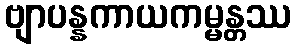
ဗျာပန္နကာယကမ္မန္တဿ